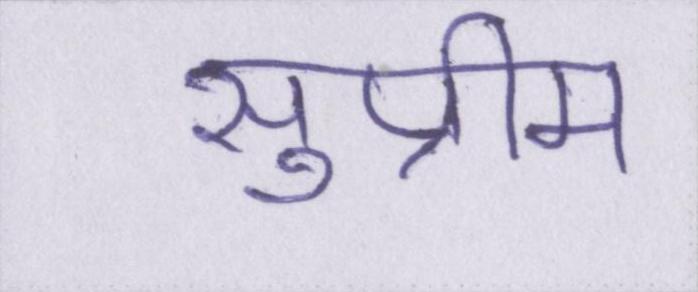
सुप्रीम